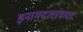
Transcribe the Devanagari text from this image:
इनामदारांच्या